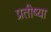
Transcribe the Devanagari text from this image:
प्रतीष्या